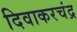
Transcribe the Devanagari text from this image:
दिवाकरचंद्र